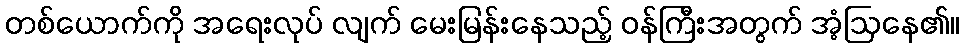
တစ်ယောက်ကို အရေးလုပ် လျက် မေးမြန်းနေသည့် ဝန်ကြီးအတွက် အံ့ဩနေ၏။